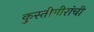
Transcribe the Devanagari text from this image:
कुस्तीगीरांची